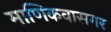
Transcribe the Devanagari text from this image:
माणिकवासगर